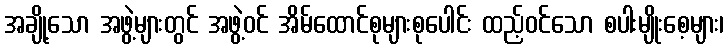
အချို့သော အဖွဲ့များတွင် အဖွဲ့ဝင် အိမ်ထောင်စုများစုပေါင်း ထည့်ဝင်သော စပါးမျိုးစေ့များ၊